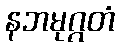
နဘမုဂ္ဂတံ